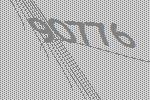
90776